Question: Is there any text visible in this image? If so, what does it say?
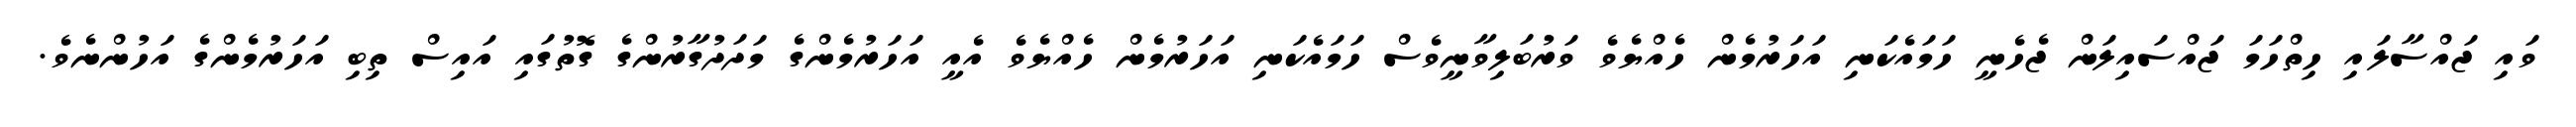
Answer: ވައި ޖައްސާލައި ހިތްހަމަ ޖައްސައިލަން ޖެހެނީ ހަމައެކަނި އަހަރުމެން ހެއްޔެވެ ވަރުބަލިވާނީވެސް ހަމައެކަނި އަހަރުމެން ހެއްޔެވެ އެއީ އަހަރުމެންގެ މަދަދުގާރުންގެ ގޮތުގައި އައިސް ތިބި އަހަރުމެންގެ އަހުންނެވެ.